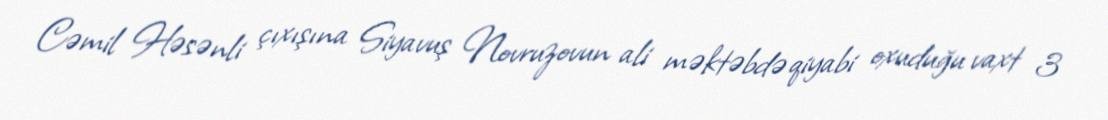
Cəmil Həsənli çıxışına Siyavuş Novruzovun ali məktəbdə qiyabi oxuduğu vaxt 3